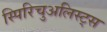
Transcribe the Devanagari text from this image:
स्पिरिचुअलिस्ट्स